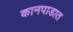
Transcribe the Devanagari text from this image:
कानपाडात